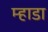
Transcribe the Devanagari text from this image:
म्हाडा